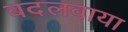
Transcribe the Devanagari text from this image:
बदलवाया